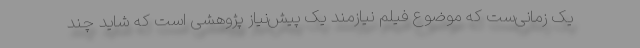
یک زمانی‌ست که موضوع فیلم نیازمند یک پیش‌نیاز پژوهشی است که شاید چند